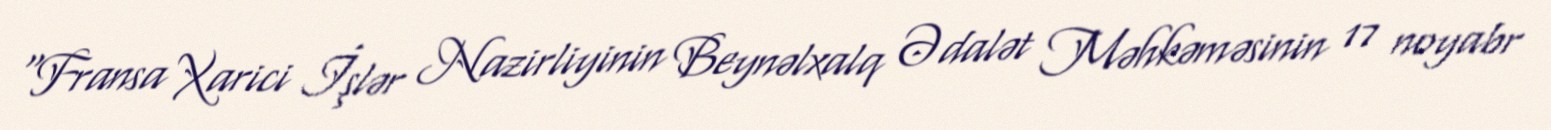
“Fransa Xarici İşlər Nazirliyinin Beynəlxalq Ədalət Məhkəməsinin 17 noyabr